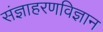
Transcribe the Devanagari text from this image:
संज्ञाहरणविज्ञान